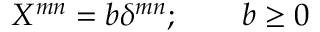
X ^ { m n } = b \delta ^ { m n } ; \qquad b \geq 0